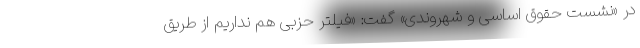
در «نشست حقوق اساسی و شهروندی» گفت: «فیلتر حزبی هم نداریم از طریق